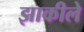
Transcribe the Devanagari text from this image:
झाकीले